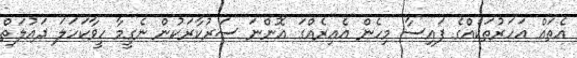
އެތައް އަހަރުތަކެއްގެ ފައިސާ މިހެން އެއިރެއްގަ އޮންނަ ސަރުކާރަކުން ނެގީމާ ހީވާކަހަލަ ދައުލަތް